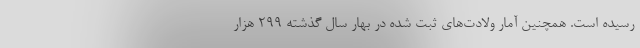
رسیده است. همچنین آمار ولادت‌های ثبت شده در بهار سال گذشته ۲۹۹ هزار